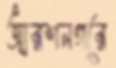
আরশনগরে